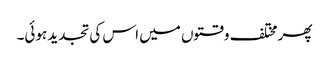
پھر مختلف وقتوں میں اس کی تجدید ہوئی۔